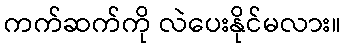
ကက်ဆက်ကို လဲပေးနိုင်မလား။